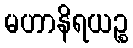
မဟာနိရယဉ္စ